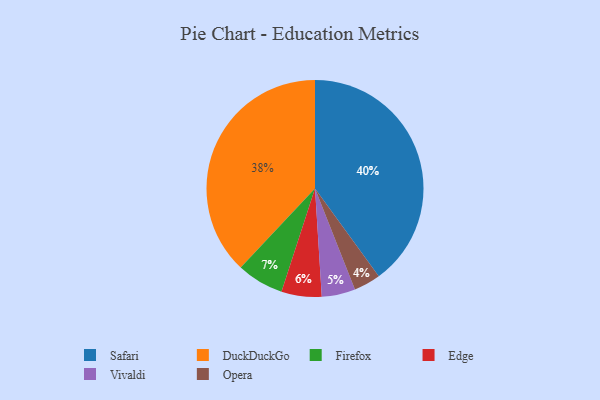
{"axis": {"x": "Category", "y": "Percentage"}, "legend": ["DuckDuckGo", "Edge", "Firefox", "Opera", "Safari", "Vivaldi"], "data": [{"x": "DuckDuckGo", "y": 38, "type": "DuckDuckGo"}, {"x": "Firefox", "y": 7, "type": "Firefox"}, {"x": "Edge", "y": 6, "type": "Edge"}, {"x": "Safari", "y": 40, "type": "Safari"}, {"x": "Opera", "y": 4, "type": "Opera"}, {"x": "Vivaldi", "y": 5, "type": "Vivaldi"}]}